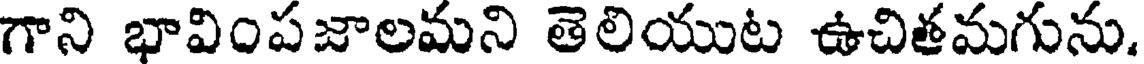
గాని భావింపజాలమని తెలియుట ఉచితమగును